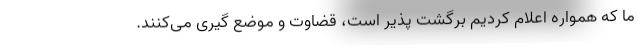
ما که همواره اعلام کردیم برگشت پذیر است، قضاوت و موضع گیری می‌کنند.